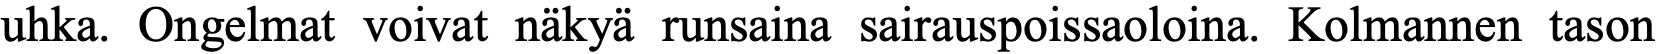
uhka. Ongelmat voivat näkyä runsaina sairauspoissaoloina. Kolmannen tason